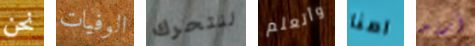
نحن الوفيات لنتحرك وأتعلم امنا أريد